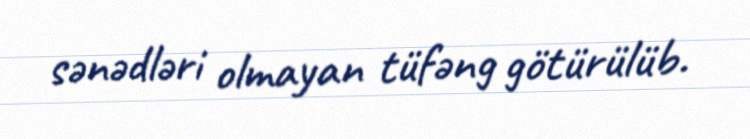
sənədləri olmayan tüfəng götürülüb.